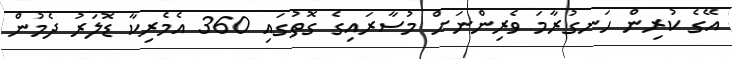
އޭގެ ކުރިން ހަނގުރާމަ ވެރިންނަށް މުސާރައިގެ ގޮތުގައި 360 އެމެރިކާ ޑޮލަރު ދެމުން